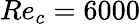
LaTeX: Re_{c}=6000